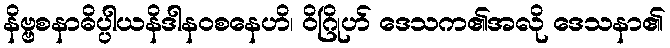
နိဗ္ဗစနာဓိပ္ပါယနိဒါနဝစနေဟိ၊ ဝိဂြိုဟ် ဒေသက၏အလို ဒေသနာ၏